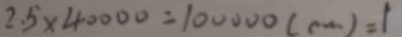
2 . 5 \times 4 0 0 0 0 = 1 0 0 0 0 0 ( c m ) = 1